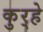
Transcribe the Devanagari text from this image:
कुर्‍हे